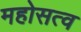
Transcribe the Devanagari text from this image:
महोसत्व